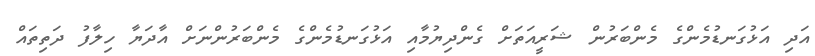
އަދި އަޅުގަނޑުމެންގެ މެންބަރުން ޝަރީއަތަށް ގެންދިޔުމާއި އަޅުގަނޑުމެންގެ މެންބަރުންނަށް އާދަޔާ ހިލާފު ދަތިތައް